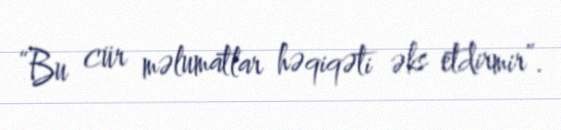
“Bu cür məlumatlar həqiqəti əks etdirmir”.